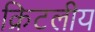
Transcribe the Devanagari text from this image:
क्रिटलीय